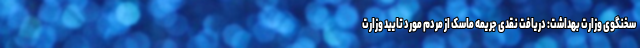
سخنگوی وزارت بهداشت: دریافت نقدی جریمه ماسک از مردم مورد تایید وزارت